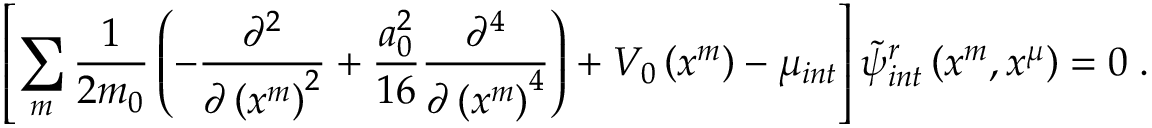
\left[ \sum _ { m } \frac { 1 } { 2 m _ { 0 } } \left( - \frac { \partial ^ { 2 } } { \partial \left( x ^ { m } \right) ^ { 2 } } + \frac { a _ { 0 } ^ { 2 } } { 1 6 } \frac { \partial ^ { 4 } } { \partial \left( x ^ { m } \right) ^ { 4 } } \right) + V _ { 0 } \left( x ^ { m } \right) - \mu _ { i n t } \right] \widetilde { \psi } _ { i n t } ^ { r } \left( x ^ { m } , x ^ { \mu } \right) = 0 \; .